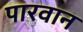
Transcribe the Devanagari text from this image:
पारवान